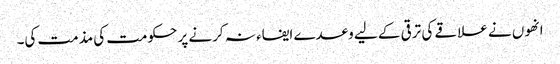
انھوں نے علاقے کی ترقی کے لیے وعدے ایفاء نہ کرنے پر حکومت کی مذمت کی۔